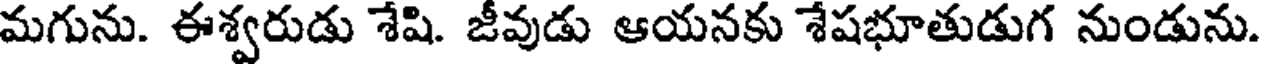
మగును. ఈశ్వరుడు శేషి. జీవుడు ఆయనకు శేషభూతుడుగ నుండును.